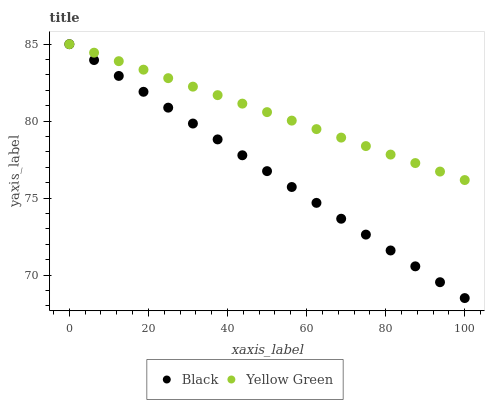
| xaxis_label | Black | Yellow Green |
 | --- | --- | --- |
 | 0 | 85 | 85 |
 | 6.25 | 84 | 84.4 |
 | 12.5 | 82.9 | 83.9 |
 | 18.8 | 81.9 | 83.3 |
 | 25 | 80.9 | 82.8 |
 | 31.2 | 79.8 | 82.2 |
 | 37.5 | 78.8 | 81.7 |
 | 43.8 | 77.8 | 81.1 |
 | 50 | 76.8 | 80.6 |
 | 56.2 | 75.7 | 80 |
 | 62.5 | 74.7 | 79.5 |
 | 68.8 | 73.7 | 78.9 |
 | 75 | 72.6 | 78.4 |
 | 81.2 | 71.6 | 77.8 |
 | 87.5 | 70.6 | 77.3 |
 | 93.8 | 69.5 | 76.7 |
 | 100 | 68.5 | 76.2 |